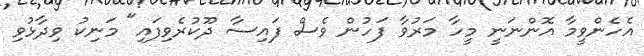
އެހެންވީމާ އޮންނަނީ މީހާ މަރުވާ ފަހުން ވެސް ފައިސާ ދޫކުރެވިފައި" މަނިކު ވިދާޅުވި